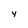
Character: y